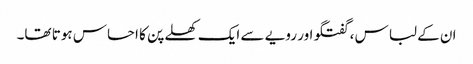
ان کے لباس ، گفتگو اور رویے سے ایک کھلے پن کا احساس ہوتا تھا۔